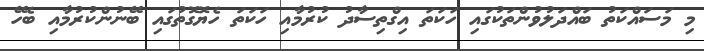
މި މަސައްކަތު ބައްދަލުވުންތަކުގައި ހަކަތަ އިގްތިސާދު ކުރުމާއި ހަކަތަ ހެޔޮގޮތުގައި ބޭނުންކުރުމާއި ބެހޭ